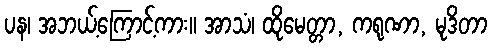
ပန၊ အဘယ့်ကြောင့်ကား။ အာသံ၊ ထိုမေတ္တာ, ကရုဏာ, မုဒိတာ